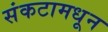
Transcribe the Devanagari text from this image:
संकटामधून